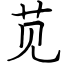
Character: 苋